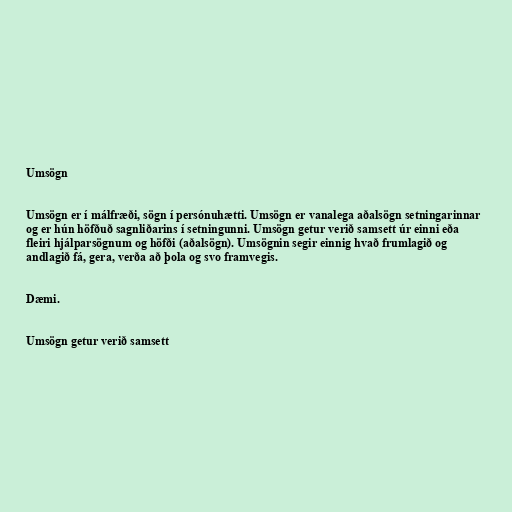
Umsögn

Umsögn er í málfræði, sögn í persónuhætti. Umsögn er vanalega aðalsögn setningarinnar
og er hún höfðuð sagnliðarins í setningunni. Umsögn getur verið samsett úr einni eða
fleiri hjálparsögnum og höfði (aðalsögn). Umsögnin segir einnig hvað frumlagið og
andlagið fá, gera, verða að þola og svo framvegis.

Dæmi.

Umsögn getur verið samsett